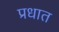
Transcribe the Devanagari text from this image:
प्रधात